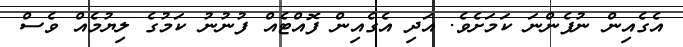
އެގެއިން ނުފެންނަ ކަމަށެވެ. އަދި އެގެއިން ފޮއްޓެއް ފުނުނު ކަމުގެ ލިޔުމެއް ވެސް